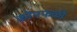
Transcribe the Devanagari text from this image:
कोनफळी